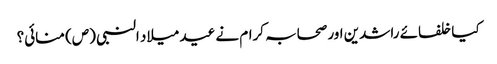
کیا خلفائے راشدین اور صحابہ کرام نے عید میلاد النبی (ص) منائی؟